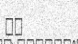
٤١